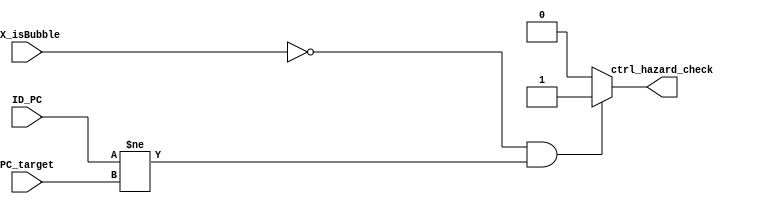
module CTRL_HAZARD (
	input wire [31:0] ID_PC,
	input wire [31:0] PC_target,
	input wire EX_isBubble,
	output reg ctrl_hazard_check
	);

	always @(*) begin
		if ((EX_isBubble == 0) && (ID_PC != PC_target)) begin
			ctrl_hazard_check = 1;
		end

		else begin
			ctrl_hazard_check = 0;
		end
	end

endmodule